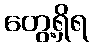
တွေ့ရှိရ